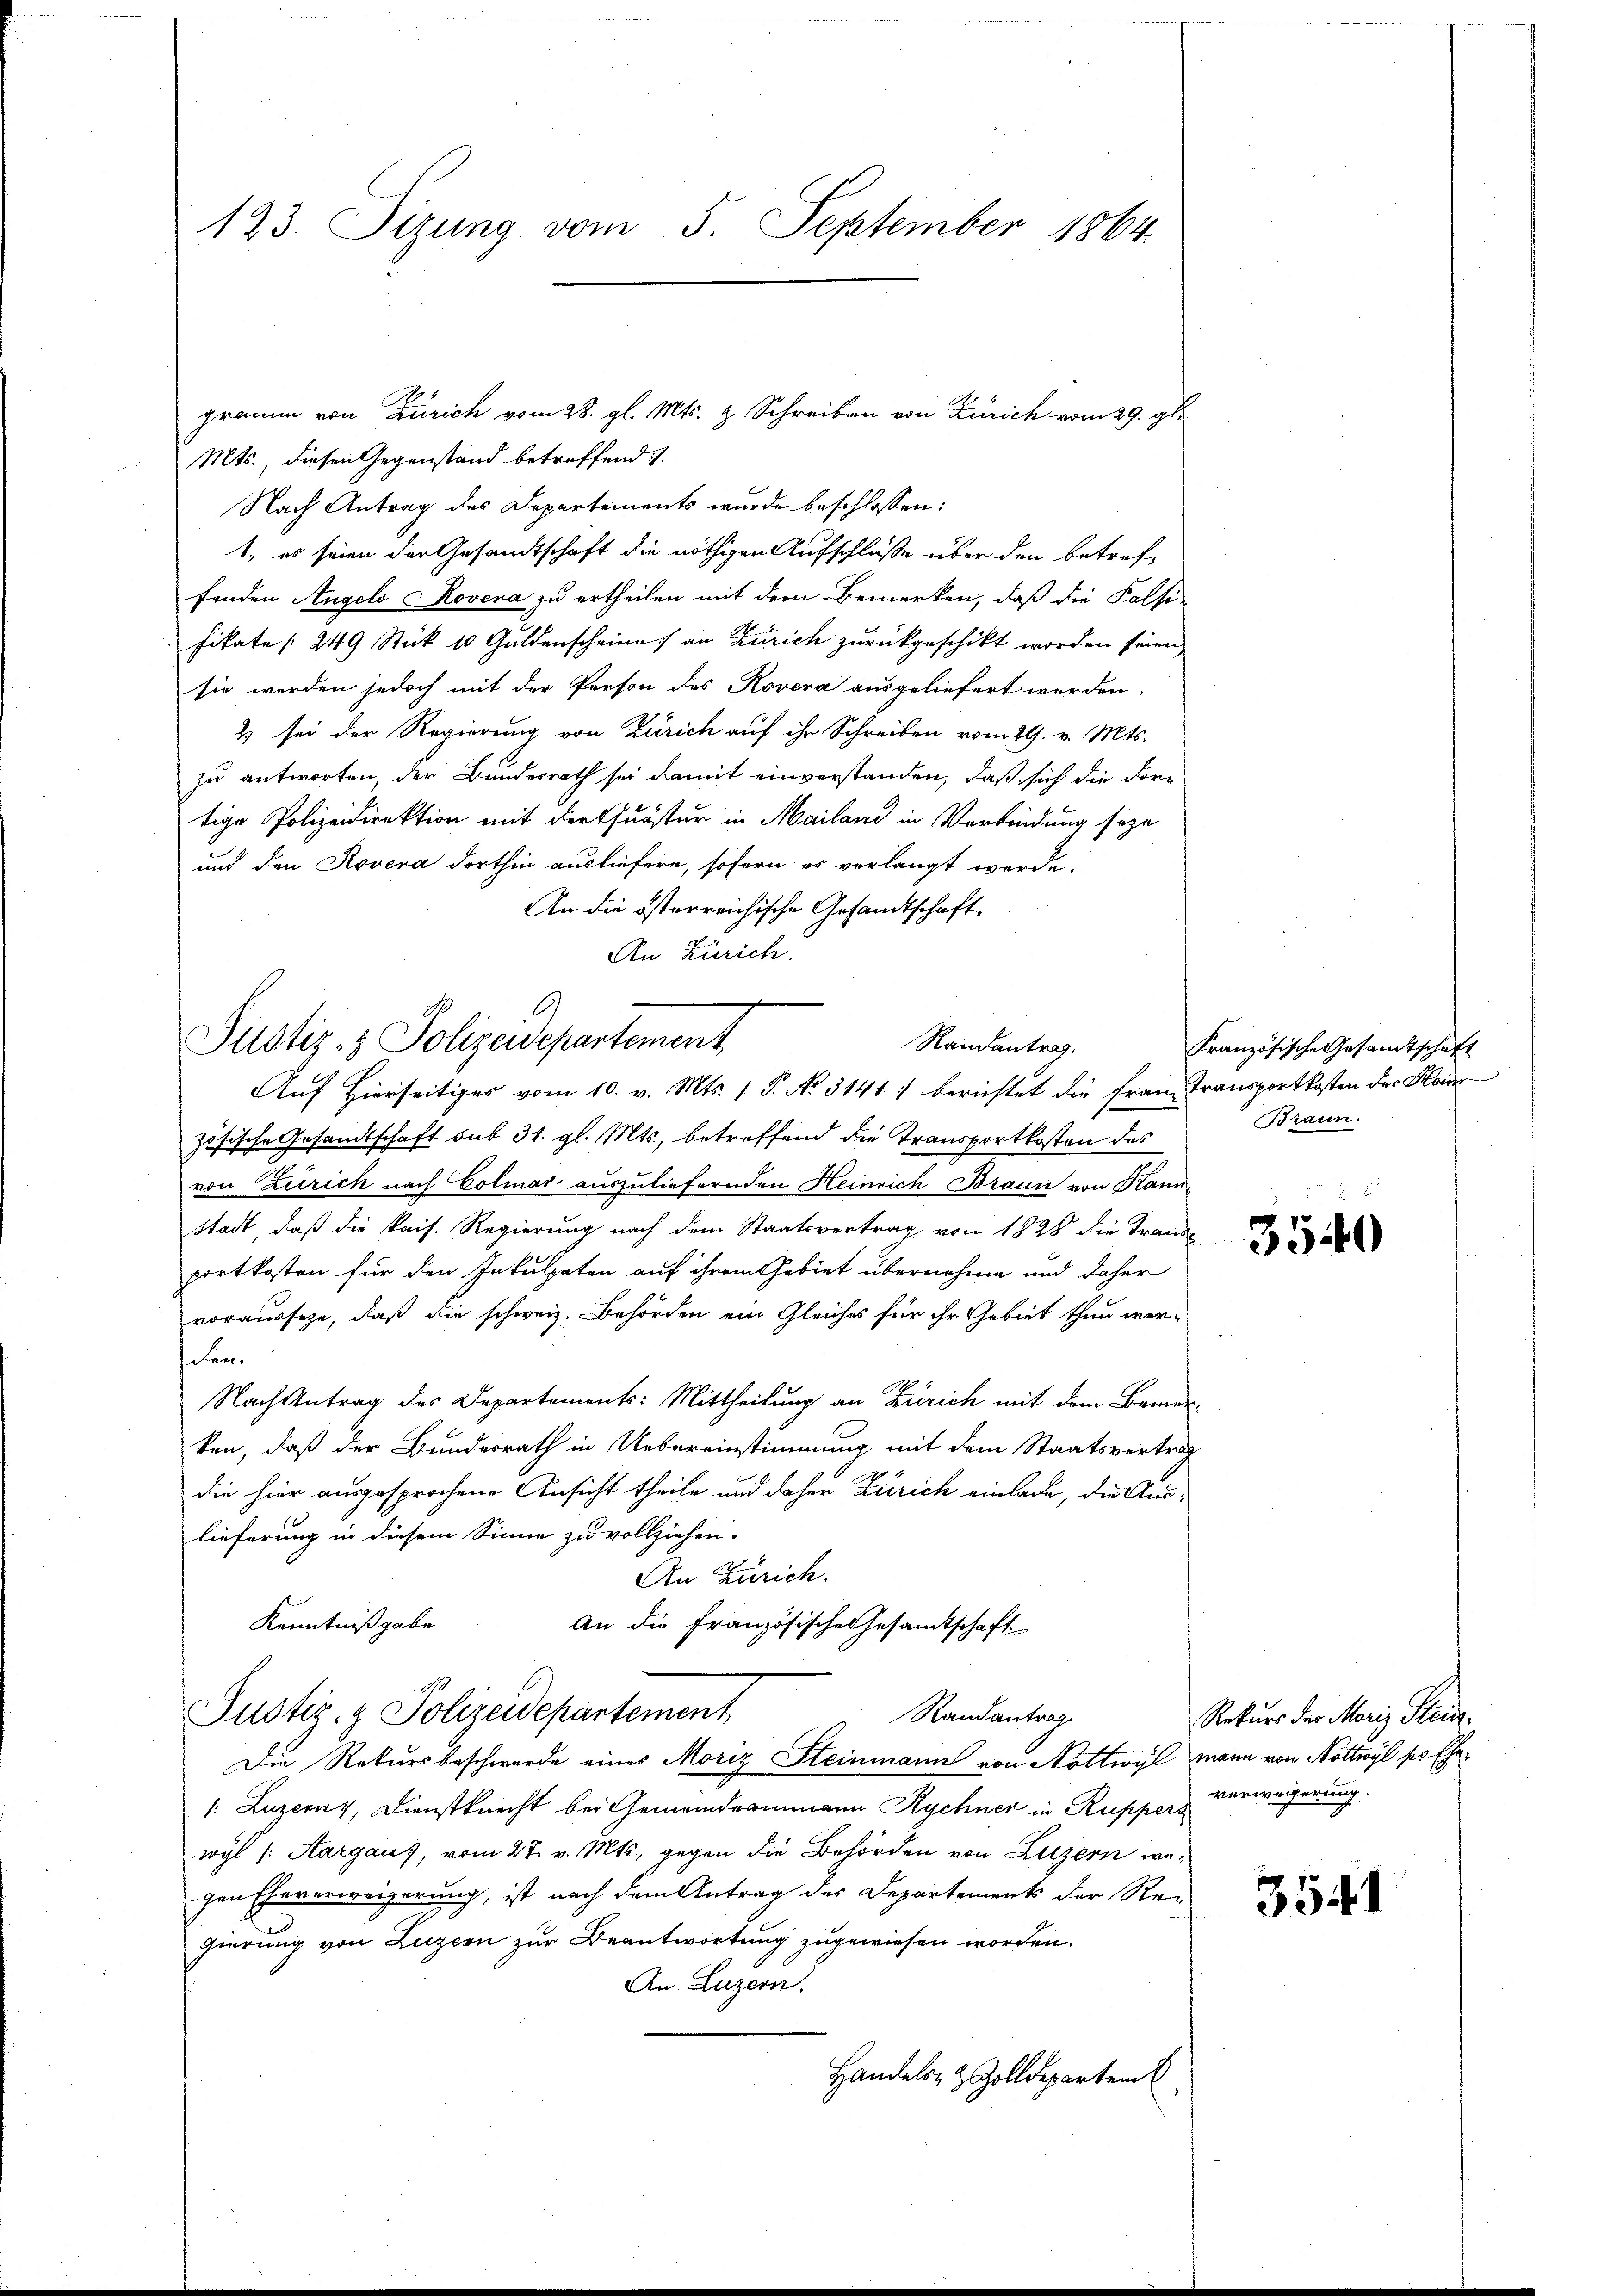
123. Sizung vom 5. September 1864.

gramm von Zürich vom 28. gl. Mts. & Schreiben von Zürich vom 29. gl.
Mts., diesen Gegenstand betreffend
Nach Antrag des Departements wurde beschlossen:
1., es seien der Gesandtschaft die nöthigen Aufschlüße über den betreffenden Angelo Rovera zu ertheilen mit dem Bemerken, daß die Palfi-
fikate (249 Stick 10 Guldenscheine an Zürich zurückgeschikt worden seien,
sie werden jedoch mit der Person des Rovera ausgeliefert werden.
2) sei der Regierung von Zürich auf ihr Schreiben vom 29. v. Mts.
zu antworten, der Bundesrath sei damit einverstanden, daß sich die dortige Polizeidirektion mit der furstur in Mailand in Verbindung seye
und den Rovera dorthin ausliefern, sofern es verlangt werde.
An die österreichische Gesandtschaft.
An Zürich.

A
Justiz- & Polizeidepartement
Randantrag.
Auf Hierseitiges vom 10. v. Mts. 1. P. No. 3141) berichtet die Frau, Transportkosten der Hein

zösische Gesandtschaft sub 31. gl. Mts., betreffend die Transportkosten des
von Zürich nach Colmar auszuliefernden Heinrich Braun von Kanne
Stadt, daß die kais. Regierung nach dem Staatsvertrag von 1828 die Trans
portkosten für den Inkulpaten auf ihrem Gebiet übernehme und daher
vorausseze, daß die schweiz. Behörden ein Gleiches für ihr Gebiet thun wer-
den.
Nach Antrag des Departements: Mittheilung an Zürich mit dem Bernerken, daß der Bundesrath in Uebereinstimmung mit dem Staatsvertrag
die hier ausgesprochene Ansicht theile und daher Zürich einlade, die Auslieferung in diesem Sinne zu vollziehen.
An Zürich.
Kenntniß gabe
An die Französische Gesandtschaft

Justiz- & Polizeidepartement
Randantrag

Die Rekursbeschwerde eines Moriz Steinmann von Nottwyl mann von Nottwyl pr Ehe¬
/: Luzerny, Dienstknecht bei Gemeindeammann Rychner in Ruppe & Verweigerung.
wyl /: Aargaus, vom 27. v. Mts., gegen die Behörden von Luzern wegen Eheverweigerung, ist nach dem Antrag des Departements der Re-
gierung von Luzern zur Beantwortung zugewiesen worden.
An Luzern.
Handels- & Zolldepartem

Französische Gesandtschaft
Braun.

3540

Rekurs des Moriz Stein.

3541